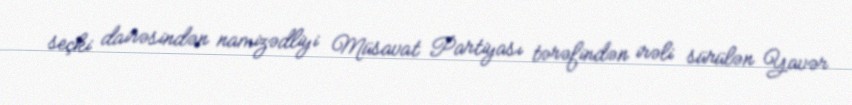
seçki dairəsindən namizədliyi Müsavat Partiyası tərəfindən irəli sürülən Yavər